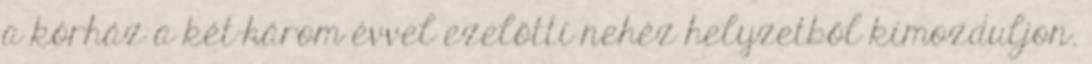
a kórház a két-három évvel ezelőtti nehéz helyzetből kimozduljon.